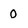
Character: 0